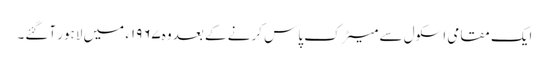
ایک مقامی اسکول سے میٹرک پاس کرنے کے بعد وہ۱۹۶۷ء میں لاہور آگئے۔